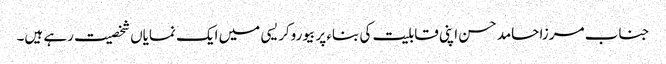
جناب مرزا حامد حسن اپنی قابلیت کی بناء پر بیوروکریسی میں ایک نمایاں شخصیت رہے ہیں۔